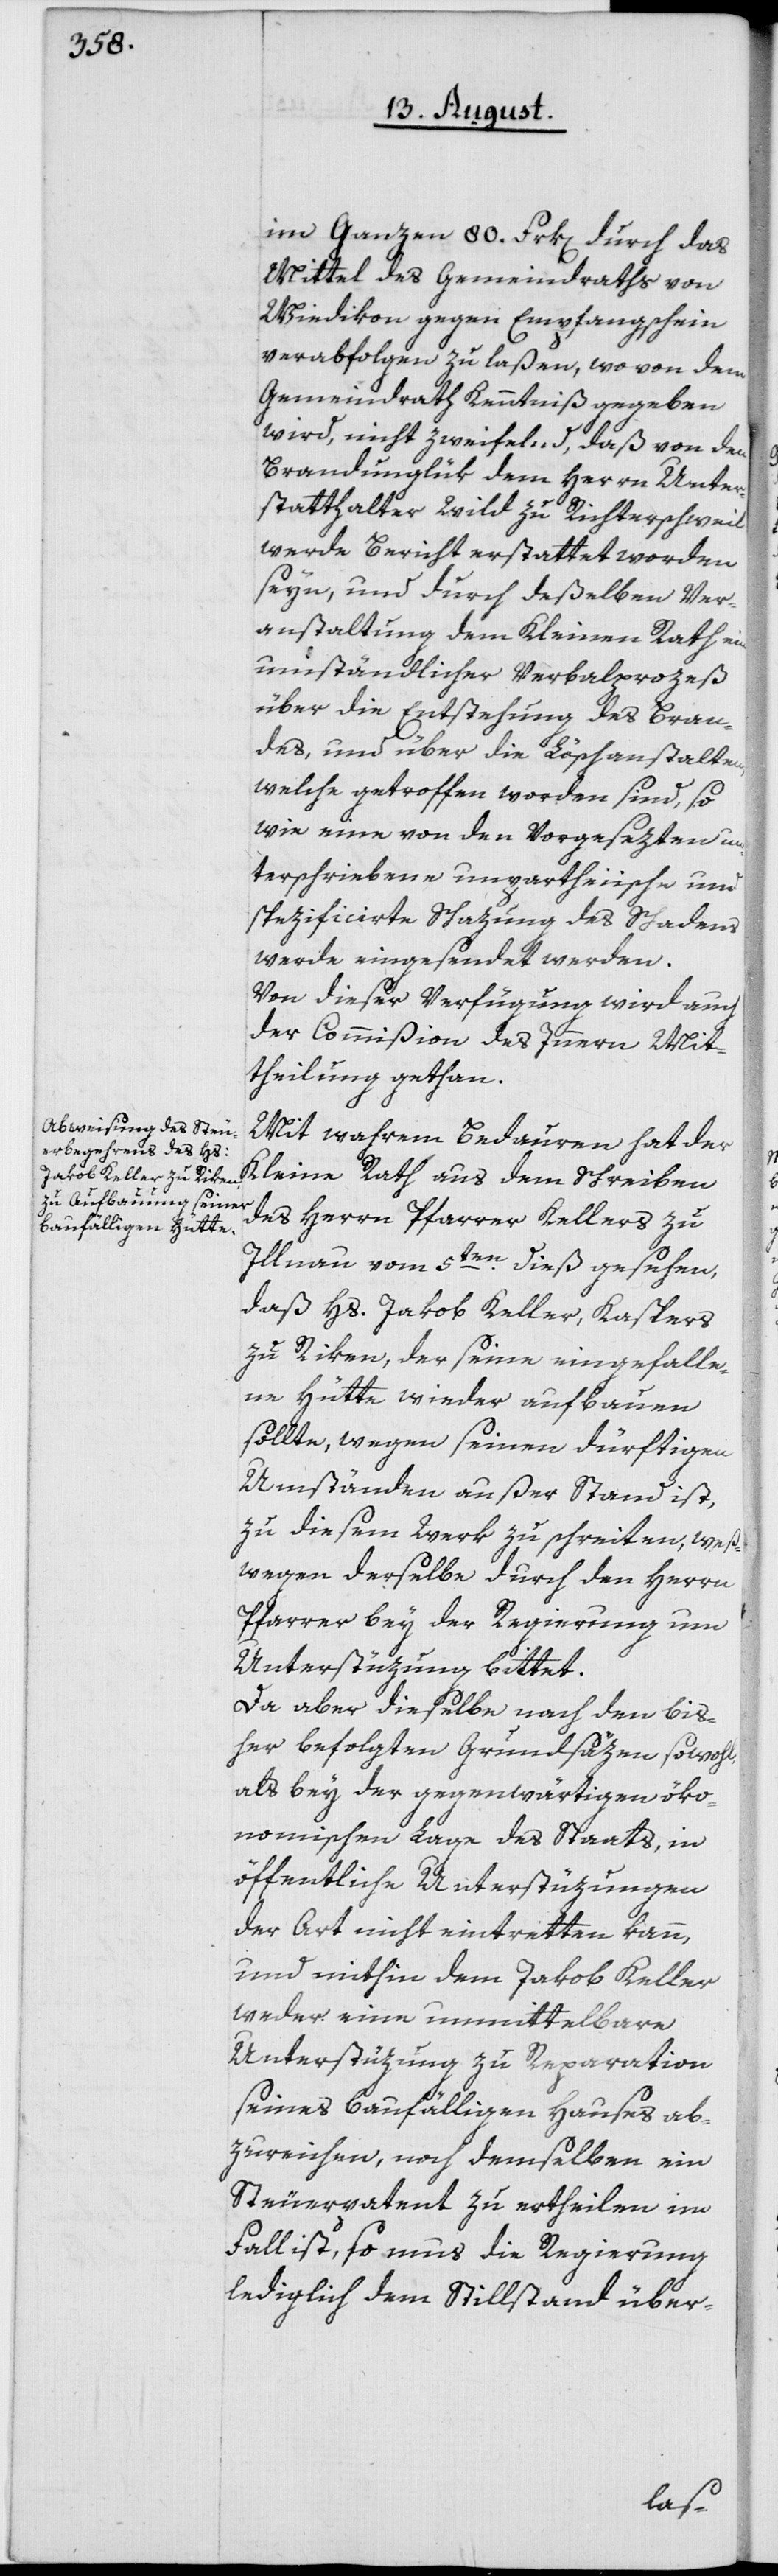
im Ganzen 80. Frk[en]. durch das
Mittel des Gemeindraths von
Wiedikon gegen Empfangschein
verabfolgen zu laßen, wovon dem
Gemeindrath Kenntniß gegeben
wird, nicht zweifelnd, daß von dem
Brandunglük dem Herrn Unter¬
statthalter Wild zu Richterschweil
werde Bericht erstattet worden
seyn, und durch deßelben Ver¬
anstaltung dem Kleinen Rath ein
umständlicher Verbalprozeß
über die Entstehung des Bran¬
des, und über die Löschanstalten,
welche getroffen worden sind, so
wie eine von den Vorgesezten un¬
terschriebene unpartheiische und
spezificirte Schazung des Schadens
werde eingesendet werden.
Von dieser Verfügung wird auch
der Commißion des Innern Mit¬
theilung gethan.
Mit wahrem Bedauren hat der
Kleine Rath aus dem Schreiben
des Herrn Pfarrer Kellers zu
Illnau vom 5ten dieß gesehen,
daß Hs. Jakob Keller, Kaspers
zu Riken, der seine eingefalle¬
ne Hütte wieder aufbauen
sollte, wegen seinen dürftigen
Umständen außer Stand ist,
zu diesem Werk zu schreiten, weß¬
wegen derselbe durch den Herrn
Pfarrer bey der Regierung um
Unterstüzung bittet.
Da aber dieselbe nach den bis¬
her befolgten Grundsäzen sowohl,
als bey der gegenwärtigen öko¬
nomischen Lage des Staats, in
öffentliche Unterstüzungen
der Art nicht eintretten kann,
und mithin dem Jakob Keller
weder eine unmittelbare
Unterstüzung zu Reparation
seines baufälligen Hauses ab¬
zureichen, noch demselben ein
Steuerpatent zu ertheilen im
Fall ist, so mus [sic!] die Regierung
lediglich dem Stillstand über-